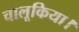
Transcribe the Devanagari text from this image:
चालूकिया।